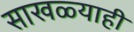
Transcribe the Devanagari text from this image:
साखळ्याही